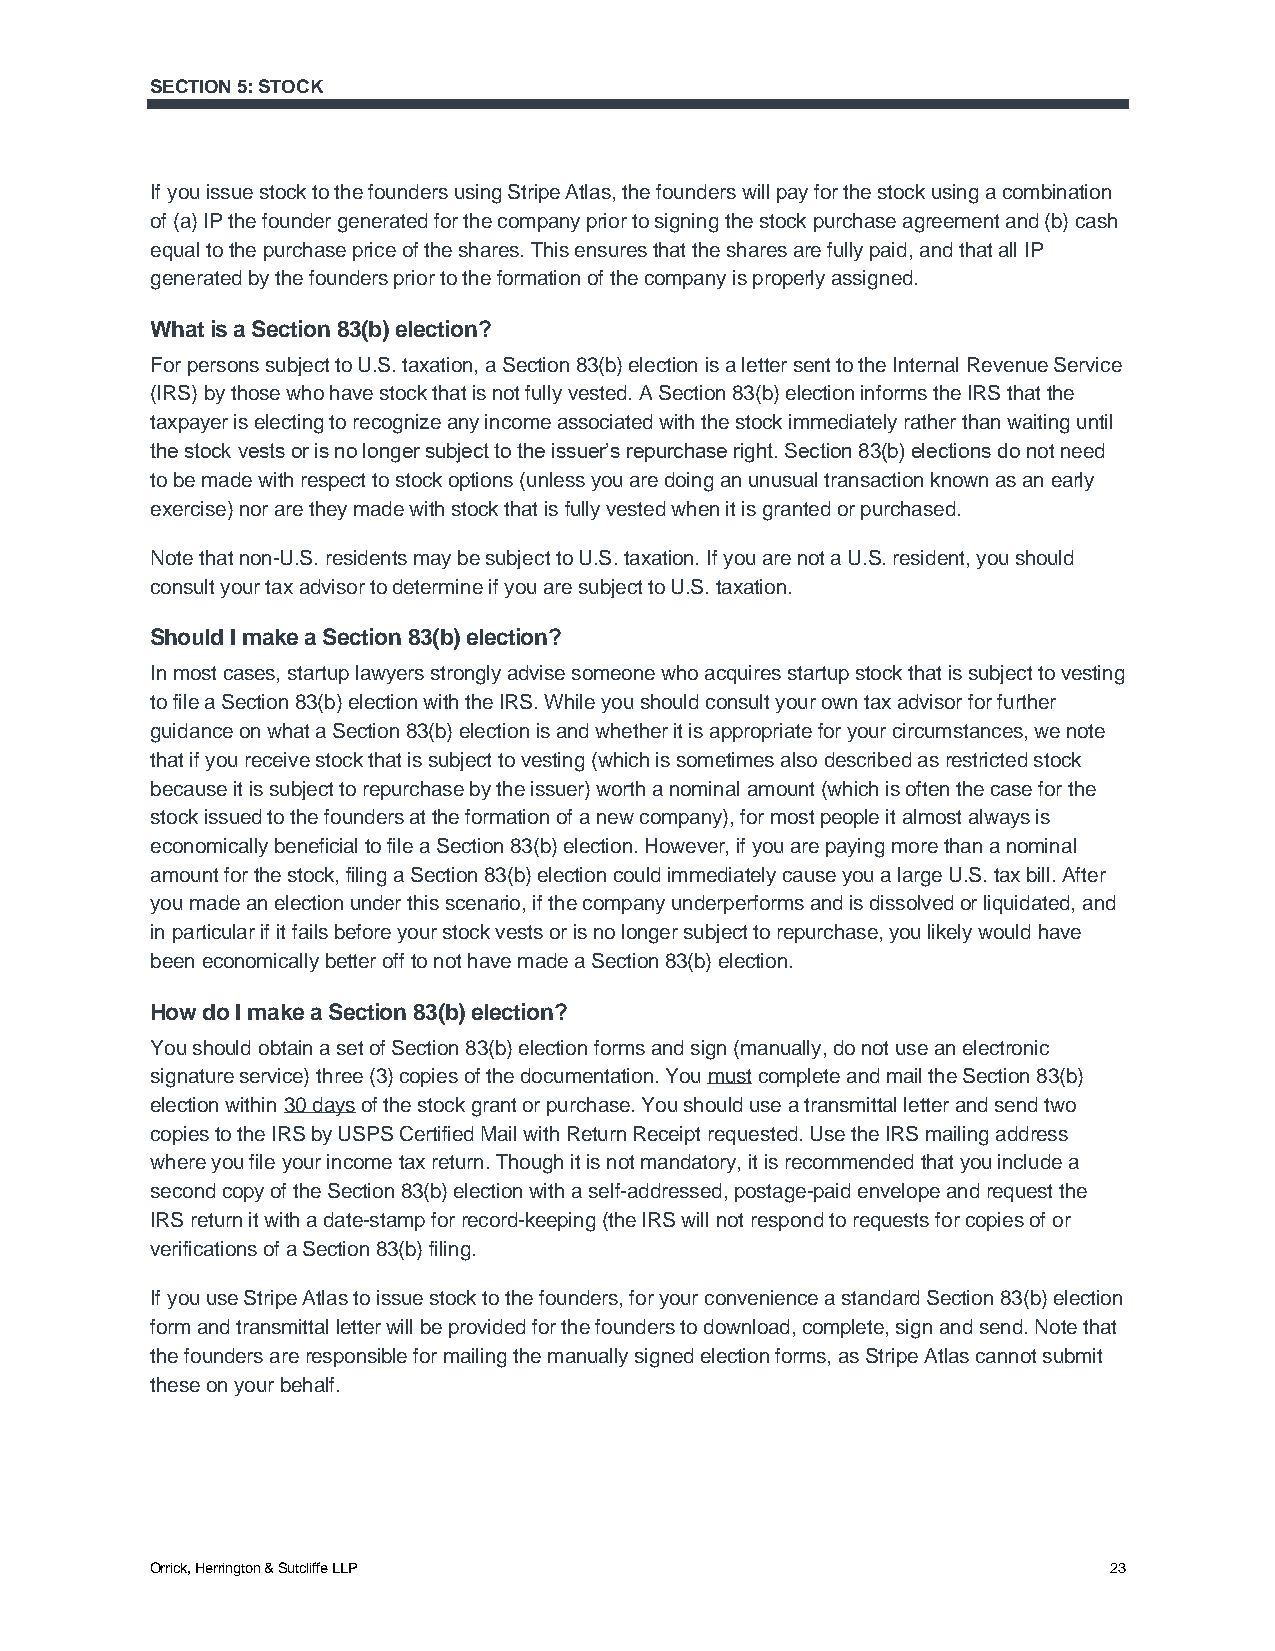
SECTION 5: STOCK
 If you issue stock to the founders using Stripe Atlas, the founders will pay for the stock using a combination
 of (a) IP the founder generated for the company prior to signing the stock purchase agreement and (b) cash
 equal to the purchase price of the shares. This ensures that the shares are fully paid, and that all IP
 generated by the founders prior to the formation of the company is properly assigned.
 What is a Section 83(b) election?
 For persons subject to U.S. taxation, a Section 83(b) election is a letter sent to the Internal Revenue Service
 (IRS) by those who have stock that is not fully vested. A Section 83(b) election informs the IRS that the
 taxpayer is electing to recognize any income associated with the stock immediately rather than waiting until
 the stock vests or is no longer subject to the issuer’s repurchase right. Section 83(b) elections do not need
 to be made with respect to stock options (unless you are doing an unusual transaction known as an early
 exercise) nor are they made with stock that is fully vested when it is granted or purchased.
 Note that non-U.S. residents may be subject to U.S. taxation. If you are not a U.S. resident, you should
 consult your tax advisor to determine if you are subject to U.S. taxation.
 Should I make a Section 83(b) election?
 In most cases, startup lawyers strongly advise someone who acquires startup stock that is subject to vesting
 to file a Section 83(b) election with the IRS. While you should consult your own tax advisor for further
 guidance on what a Section 83(b) election is and whether it is appropriate for your circumstances, we note
 that if you receive stock that is subject to vesting (which is sometimes also described as restricted stock
 because it is subject to repurchase by the issuer) worth a nominal amount (which is often the case for the
 stock issued to the founders at the formation of a new company), for most people it almost always is
 economically beneficial to file a Section 83(b) election. However, if you are paying more than a nominal
 amount for the stock, filing a Section 83(b) election could immediately cause you a large U.S. tax bill. After
 you made an election under this scenario, if the company underperforms and is dissolved or liquidated, and
 in particular if it fails before your stock vests or is no longer subject to repurchase, you likely would have
 been economically better off to not have made a Section 83(b) election.
 How do I make a Section 83(b) election?
 You should obtain a set of Section 83(b) election forms and sign (manually, do not use an electronic
 signature service) three (3) copies of the documentation. You must complete and mail the Section 83(b)
 election within 30 days of the stock grant or purchase. You should use a transmittal letter and send two
 copies to the IRS by USPS Certified Mail with Return Receipt requested. Use the IRS mailing address
 where you file your income tax return. Though it is not mandatory, it is recommended that you include a
 second copy of the Section 83(b) election with a self-addressed, postage-paid envelope and request the
 IRS return it with a date-stamp for record-keeping (the IRS will not respond to requests for copies of or
 verifications of a Section 83(b) filing.
 If you use Stripe Atlas to issue stock to the founders, for your convenience a standard Section 83(b) election
 form and transmittal letter will be provided for the founders to download, complete, sign and send. Note that
 the founders are responsible for mailing the manually signed election forms, as Stripe Atlas cannot submit
 these on your behalf.
 Orrick, Herrington & Sutcliffe LLP                             23